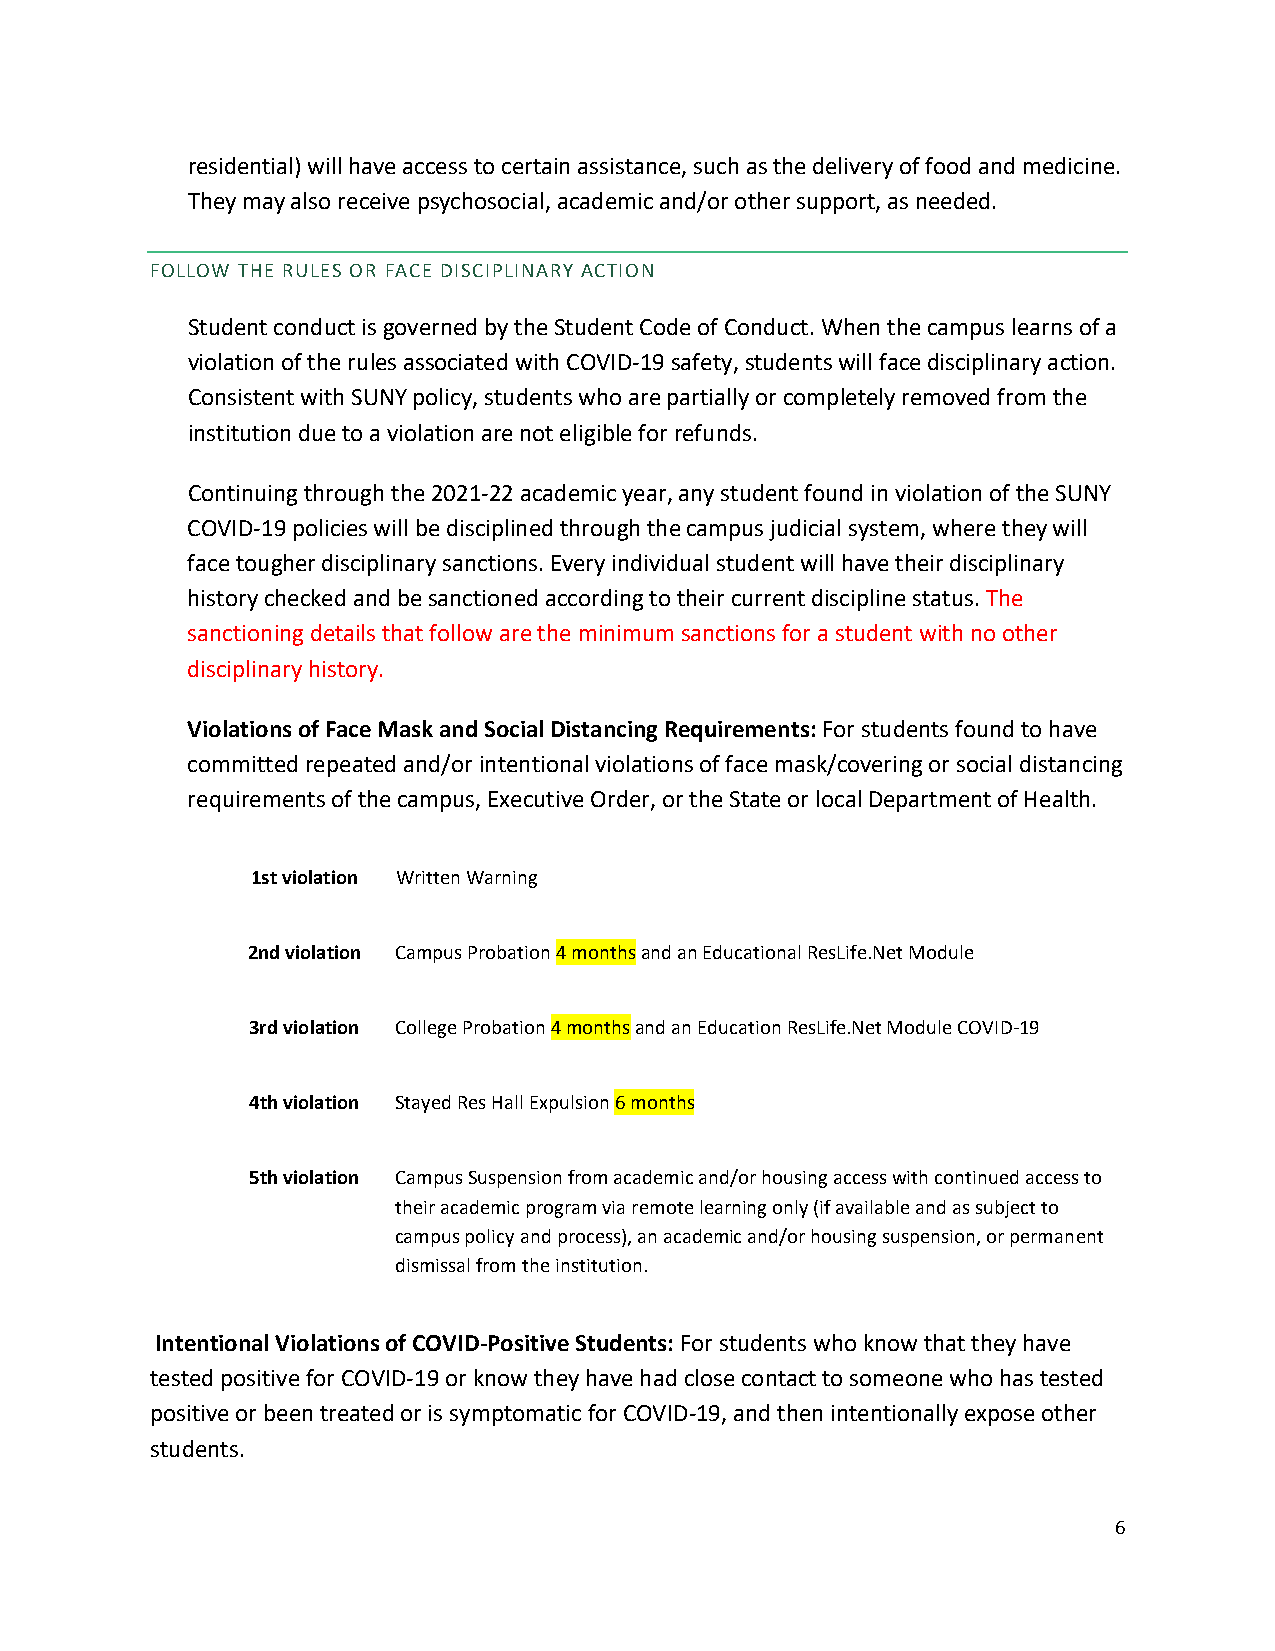
residential) will have access to certain assistance, such as the delivery of food and medicine.
 They may also receive psychosocial, academic and/or other support, as needed.
 FOLLOW THE RULES OR FACE DISCIPLINARY ACTION
 Student conduct is governed by the Student Code of Conduct. When the campus learns of a
 violation of the rules associated with COVID-19 safety, students will face disciplinary action.
 Consistent with SUNY policy, students who are partially or completely removed from the
 institution due to a violation are not eligible for refunds.
 Continuing through the 2021-22 academic year, any student found in violation of the SUNY
 COVID-19 policies will be disciplined through the campus judicial system, where they will
 face tougher disciplinary sanctions. Every individual student will have their disciplinary
 history checked and be sanctioned according to their current discipline status. The
 sanctioning details that follow are the minimum sanctions for a student with no other
 disciplinary history.
 Violations of Face Mask and Social Distancing Requirements: For students found to have
 committed repeated and/or intentional violations of face mask/covering or social distancing
 requirements of the campus, Executive Order, or the State or local Department of Health.
 1st violation Written Warning
 2nd violation Campus Probation 4 months and an Educational ResLife.Net Module
 3rd violation College Probation 4 months and an Education ResLife.Net Module COVID-19
 4th violation Stayed Res Hall Expulsion 6 months
 5th violation Campus Suspension from academic and/or housing access with continued access to
 their academic program via remote learning only (if available and as subject to
 campus policy and process), an academic and/or housing suspension, or permanent
 dismissal from the institution.
 Intentional Violations of COVID-Positive Students: For students who know that they have
 tested positive for COVID-19 or know they have had close contact to someone who has tested
 positive or been treated or is symptomatic for COVID-19, and then intentionally expose other
 students.
 6